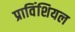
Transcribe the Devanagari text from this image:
प्राविंशियल